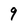
Character: 9